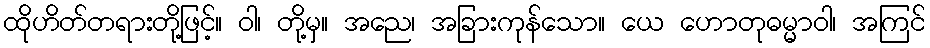
ထိုဟိတ်တရားတို့ဖြင့်။ ဝါ၊ တို့မှ။ အညေ၊ အခြားကုန်သော။ ယေ ဟောတုဓမ္မာဝါ၊ အကြင်